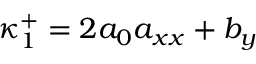
\kappa _ { 1 } ^ { + } = 2 a _ { 0 } a _ { x x } + b _ { y }